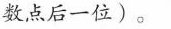
数点后一位)。